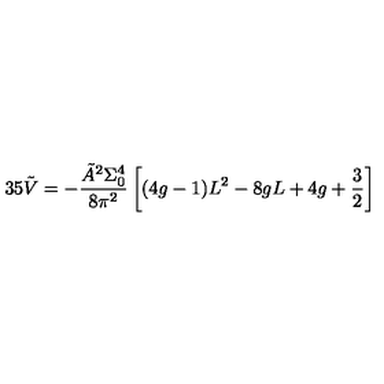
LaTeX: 3 5 \tilde { V } = - \frac { \tilde { A } ^ { 2 } \Sigma _ { 0 } ^ { 4 } } { 8 \pi ^ { 2 } } \left[ ( 4 g - 1 ) L ^ { 2 } - 8 g L + 4 g + \frac { 3 } { 2 } \right]